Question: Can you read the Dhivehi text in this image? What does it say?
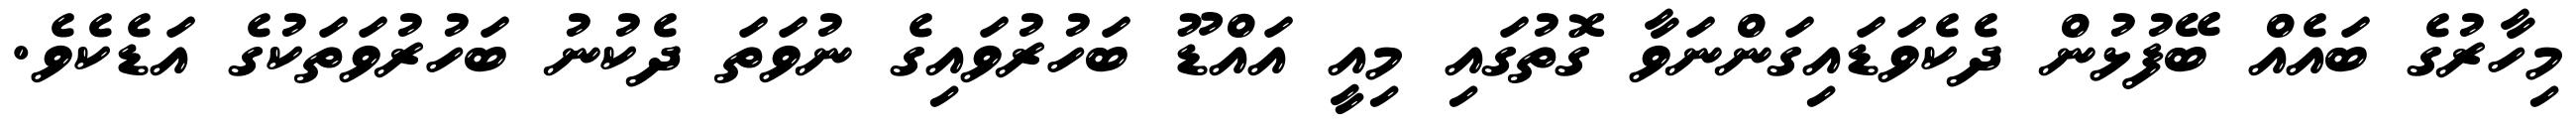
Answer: މިހާރުގެ ބައެއް ބޭފުޅުން ދެކެވަޑައިގަންނަވާ ގޮތުގައި މިއީ އައްޑޫ ބަހުރުވައިގެ ނުވަތަ ދެކުނު ބަހުރުވަތަކުގެ އަޑެކެވެ.